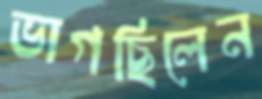
ভাগছিলেন